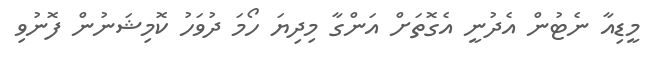
މީޑިއާ ނެޓުން އެދުނީ އެގޮތަށް އަންގާ މިދިޔަ ހޯމަ ދުވަހު ކޮމިޝަނުން ފޮނުވި